Newspaper: The Portland daily press. [volume]
Place of publication: Portland, Me.
Publisher: N.A. Foster & Co.
Date: 1890-12-31 00:00:00
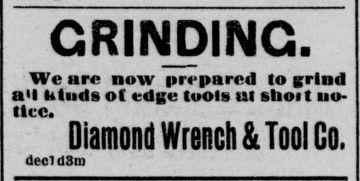
Advertisement text (OCR):
GRINDING. We are now prepared to grind a*l Mods ot edge tools ut sboit no tice. Diamond Wrench & Tool Go. decl d3m
Label: text-only